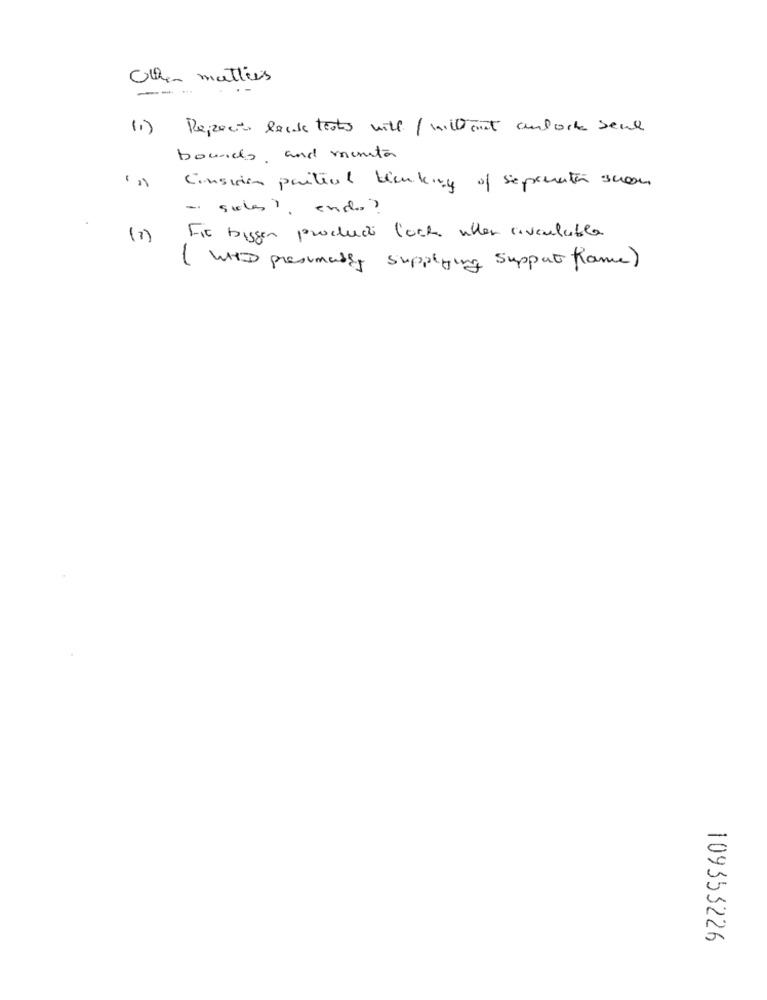
Other mattres
---
(1) Respecto land tests will / willtout andone seul
bocado, and munita
Consuin partial bienkry of separata suon
- siles ), end?
(7)
Fir biggen products l'och uten aivouluble
( WTD presumably supplying support frame)
109353226